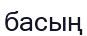
басың